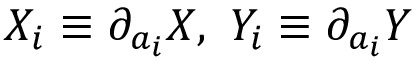
X _ { i } \equiv \partial _ { a _ { i } } X , ~ Y _ { i } \equiv \partial _ { a _ { i } } Y